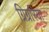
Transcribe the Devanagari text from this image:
ग्रिग्ररिया